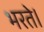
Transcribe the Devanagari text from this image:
भरते।